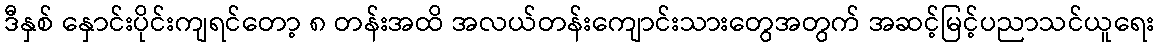
ဒီနှစ် နှောင်းပိုင်းကျရင်တော့ ၈ တန်းအထိ အလယ်တန်းကျောင်းသားတွေအတွက် အဆင့်မြင့်ပညာသင်ယူရေး